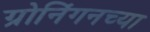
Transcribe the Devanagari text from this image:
ग्रोनिंगनच्या